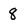
Character: 8